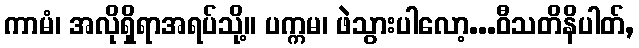
ကာမံ၊ အလိုရှိရာအရပ်သို့။ ပက္ကမ၊ ဖဲသွားပါလော့...ဝီသတိနိပါတ်,